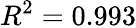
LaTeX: R^{2}=0.993